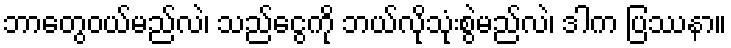
ဘာတွေဝယ်မည်လဲ၊ သည်ငွေကို ဘယ်လိုသုံးစွဲမည်လဲ၊ ဒါက ပြဿနာ။